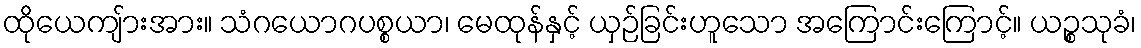
ထိုယေကျ်ားအား။ သံဂယောဂပစ္စယာ၊ မေထုန်နှင့် ယှဉ်ခြင်းဟူသော အကြောင်းကြောင့်။ ယဉ္စသုခံ၊